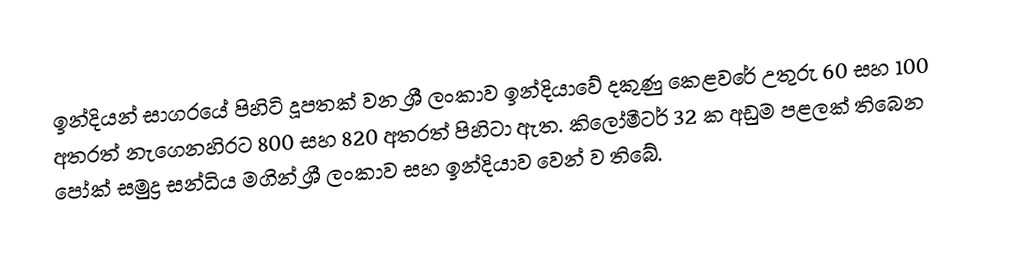
ඉන්දියන් සාගරයේ පිහිටි දූපතක් වන ශ්‍රී ලංකාව ඉන්දියාවේ දකුණු කෙළවරේ උතුරු 60 සහ 100 අතරත් නැගෙනහිරට 800 සහ 820 අතරත් පිහිටා ඇත. කිලෝමීටර් 32 ක අඩුම පළලක් තිබෙන පෝක් සමුද්‍ර සන්ධිය මගින් ශ්‍රී ලංකාව සහ ඉන්දියාව වෙන් ව තිබේ.